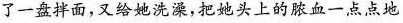
了一盘拌面，又给她洗澡，把她头上的脓血一点点地